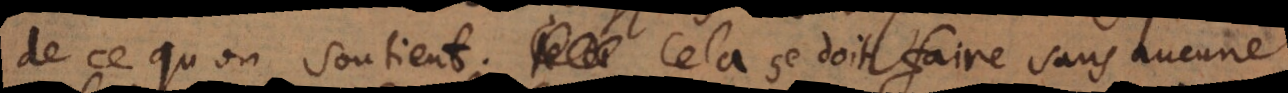
de ce qu’on soutient. Cela se doit faire sans aucune